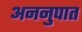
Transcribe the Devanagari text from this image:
अननुपात